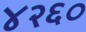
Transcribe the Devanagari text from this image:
४२६०